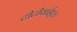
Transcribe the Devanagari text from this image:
टीटीवाईएल